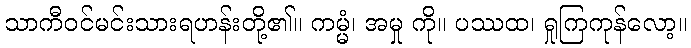
သာကီဝင်မင်းသားရဟန်းတို့၏။ ကမ္မံ၊ အမှု ကို။ ပဿထ၊ ရှုကြကုန်လော့။